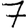
Digit: 7